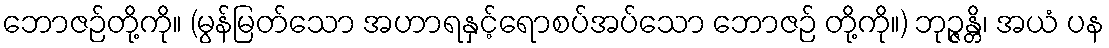
ဘောဇဉ်တို့ကို။ (မွန်မြတ်သော အဟာရနှင့်ရောစပ်အပ်သော ဘောဇဉ် တို့ကို။) ဘုဉ္ဇန္တိ၊ အယံ ပန